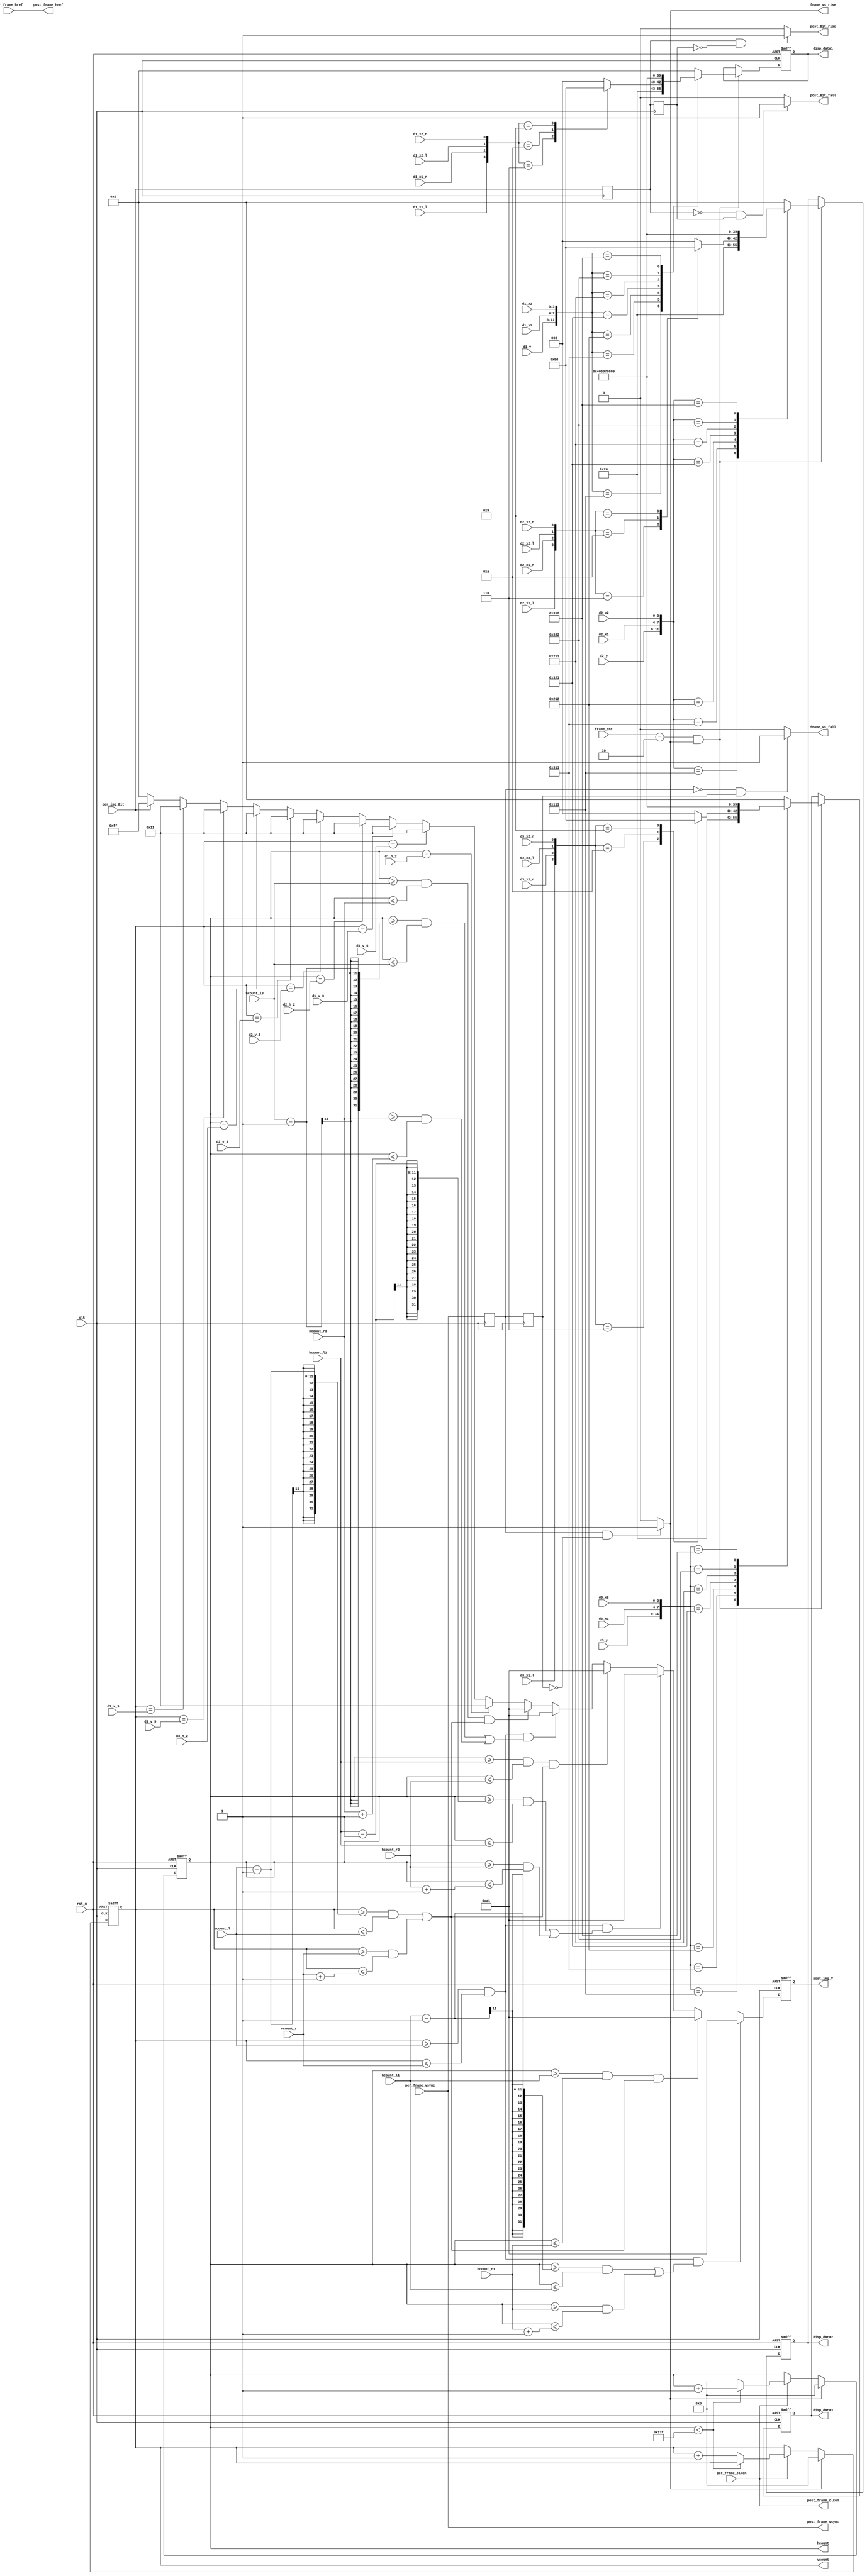
`timescale 1ns / 1ps
//////////////////////////////////////////////////////////////////////////////////
// Company: 
// Engineer: 
// 
// Design Name: 
// Module Name: display
// Project Name: 
// Target Devices: 
// Tool Versions: 
// Description: 
// 
// Dependencies: 
// 
// Revision:
// Revision 0.01 - File Created
// Additional Comments:
// 
//////////////////////////////////////////////////////////////////////////////////


module display(
	input 					clk,
	input 					rst_n,
			
	input 					per_frame_vsync,
	input 					per_frame_href,
	input 					per_frame_clken,
	input 					per_img_Bit,
		
	input		[2:0]		frame_cnt,		//
	
	//
	input					d1_x1_l,
	input					d1_x1_r,
	input					d1_x2_l,
	input					d1_x2_r,
	input		[3:0]		d1_y,
	input		[3:0]		d1_x1,
	input		[3:0]		d1_x2,
	input		[10:0]		d1_h_2,
	input		[10:0]		d1_v_5,
	input		[10:0]		d1_v_3,
	
	input					d2_x1_l,
	input					d2_x1_r,
	input					d2_x2_l,
	input					d2_x2_r,
	input		[3:0]		d2_y,
	input		[3:0]		d2_x1,
	input		[3:0]		d2_x2,
	input		[10:0]		d2_h_2,
	input		[10:0]		d2_v_5,
	input		[10:0]		d2_v_3,
	
	input					d3_x1_l,
	input					d3_x1_r,
	input					d3_x2_l,
	input					d3_x2_r,
	input		[3:0]		d3_y,
	input		[3:0]		d3_x1,
	input		[3:0]		d3_x2,
	input		[10:0]		d3_h_2,
	input		[10:0]		d3_v_5,
	input		[10:0]		d3_v_3,
	
	//
	input		[10:0]		hcount_l1,			//
	input		[10:0]		hcount_r1,			//
	input		[10:0]		hcount_l2,			//
	input		[10:0]		hcount_r2,			//
	input		[10:0]		hcount_l3,			//
	input		[10:0]		hcount_r3,			//
	input		[10:0]		vcount_l,			//
	input		[10:0]		vcount_r,			//
		
	output 					frame_vs_rise,		//
	output 					frame_vs_fall,		//
	output 					post_Bit_rise,		//
	output 					post_Bit_fall,		//
	output reg	[10:0]		hcount,				//
	output reg	[10:0]		vcount,				//
	
	output 					post_frame_vsync,
	output 					post_frame_href,
	output 					post_frame_clken,
	output reg	[7:0]		post_img_Y,
	output reg	[7:0]		disp_data1,			//
	output reg	[7:0]		disp_data2,			//
	output reg	[7:0]		disp_data3			//
);

	//------------------------------------------------//
	//--------//
	//------------------------------------------------//
	reg frame_vs_r0,frame_vs_r1;
	
	always @(posedge clk) begin
		frame_vs_r0 <= per_frame_vsync;
		frame_vs_r1 <= frame_vs_r0;
	end
	
	assign frame_vs_rise  = (frame_vs_r0 && (!frame_vs_r1)) ? 1'b1 :1'b0;
	assign frame_vs_fall  = ((!frame_vs_r0) && frame_vs_r1) ? 1'b1 :1'b0;
	
	
	//------------------------------------------------//
	//--------------------------------//
	//------------------------------------------------//
	reg post_Bit_r0,post_Bit_r1;
	
	always @(posedge clk) begin
		post_Bit_r0 <= per_img_Bit;
		post_Bit_r1 <= post_Bit_r0;
	end
	
	assign post_Bit_rise = (post_Bit_r0 && (!post_Bit_r1)) ? 1'b1:1'b0; 
	assign post_Bit_fall = ((!post_Bit_r0) && post_Bit_r1) ? 1'b1:1'b0;
	
	
	//-------------------------------------------------------------//
	//------/---------//
	//-------------------------------------------------------------//
	
	always@(posedge clk or negedge rst_n)begin
		if(!rst_n)
			begin
				hcount <= 11'd0;
				vcount <= 11'd0;
			end
		else
			if(frame_vs_rise)begin
				hcount <= 11'd0;
				vcount <= 11'd0;
			end
			else if(per_frame_clken) begin
				if(hcount < 320 - 1) begin
					hcount <= hcount + 1'b1;
					vcount <= vcount;
				end
				else begin
					hcount <= 11'd0;
					vcount <= vcount + 1'b1;
				end
			end
	end
	
	
	//-------------------------------------------------------------//
	//-----------------------------------------------------//
	//-------------------------------------------------------------//
	always @(posedge clk or negedge rst_n) begin
		if(!rst_n) 
			post_img_Y <= 8'h00;
			
		//
		else if (vcount >= vcount_l && vcount <= vcount_r && ( (hcount >= (hcount_l1 -1) && hcount <= hcount_l1 )|| (hcount >= hcount_r1 && hcount <= (hcount_r1 + 1)) ) )
			post_img_Y <= 8'ha1;
		else if (hcount >= hcount_l1 && hcount <= hcount_r1 && ( (vcount >= (vcount_l -1) && vcount <= vcount_l )|| (vcount >= vcount_r && vcount <= (vcount_r + 1)) ) )
			post_img_Y <= 8'ha1;
		else if (vcount >= vcount_l && vcount <= vcount_r && ( (hcount >= (hcount_l2 -1) && hcount <= hcount_l2 )|| (hcount >= hcount_r2 && hcount <= (hcount_r2 + 1)) ) )
			post_img_Y <= 8'ha1;
		else if (hcount >= hcount_l2 && hcount <= hcount_r2 && ( (vcount >= (vcount_l -1) && vcount <= vcount_l )|| (vcount >= vcount_r && vcount <= (vcount_r + 1)) ) )
			post_img_Y <= 8'ha1;
		else if (vcount >= vcount_l && vcount <= vcount_r && ( (hcount >= (hcount_l3 -1) && hcount <= hcount_l3 )|| (hcount >= hcount_r3 && hcount <= (hcount_r3 + 1)) ) )
			post_img_Y <= 8'ha1;
		else if (hcount >= hcount_l3 && hcount <= hcount_r3 && ( (vcount >= (vcount_l -1) && vcount <= vcount_l )|| (vcount >= vcount_r && vcount <= (vcount_r + 1)) ) )
			post_img_Y <= 8'ha1;
		
		//
		else if(hcount == d1_h_2)
			post_img_Y <= 8'h11;
		else if(vcount == d1_v_5)
			post_img_Y <= 8'h11;
		else if(vcount == d1_v_3)
			post_img_Y <= 8'h11;
		else if(hcount == d2_h_2)
			post_img_Y <= 8'h11;
		else if(vcount == d2_v_5)
			post_img_Y <= 8'h11;
		else if(vcount == d2_v_3)
			post_img_Y <= 8'h11;
		else if(hcount == d3_h_2)
			post_img_Y <= 8'h11;
		else if(vcount == d3_v_5)
			post_img_Y <= 8'h11;
		else if(vcount == d3_v_3)
			post_img_Y <= 8'h11;
		
		else if(per_img_Bit) 
			post_img_Y <= 8'hff;  //white
		else 
			post_img_Y <= 8'h00;  //dark
	end
	
	
	//------------------------------------------------------------//
	//----------------------------------------------------//
	//------------------------------------------------------------//
	always @(posedge clk or negedge rst_n)begin
		if(!rst_n)
			disp_data1 <= 'd10;
		else if((frame_cnt == 3'd2) && frame_vs_rise)
			case({d1_y,d1_x1,d1_x2})
				12'b0010_0010_0010: disp_data1 <= 'd0;
				12'b0001_0001_0001: disp_data1 <= 'd1;
				12'b0011_0001_0001: begin
					case({d1_x1_l,d1_x1_r,d1_x2_l,d1_x2_r})
						4'b0110:disp_data1 <= 'd2;
						4'b1010:disp_data1 <= 'd3;
						4'b1001:disp_data1 <= 'd5;
						default:disp_data1 <= 'd0;
					endcase
				end 
				12'b0010_0001_0010: disp_data1 <= 'd4;
				12'b0011_0010_0001: disp_data1 <= 'd6;
				12'b0010_0001_0001: disp_data1 <= 'd7;
				12'b0011_0010_0010: disp_data1 <= 'd8;
				12'b0011_0001_0010: disp_data1 <= 'd9;
				default: disp_data1 <= 'd0;
			endcase
		else
			disp_data1 <= disp_data1; 
	end
	
	always @(posedge clk or negedge rst_n)begin
		if(!rst_n)
			disp_data2 <= 'd10;
		else if((frame_cnt == 3'd2) && frame_vs_rise)
			case({d2_y,d2_x1,d2_x2})
				12'b0010_0010_0010: disp_data2 <= 'd0;
				12'b0001_0001_0001: disp_data2 <= 'd1;
				12'b0011_0001_0001: begin
					case({d2_x1_l,d2_x1_r,d2_x2_l,d2_x2_r})
						4'b0110:disp_data2 <= 'd2;
						4'b1010:disp_data2 <= 'd3;
						4'b1001:disp_data2 <= 'd5;
						default:disp_data2 <= 'd0;
					endcase
				end 
				12'b0010_0001_0010: disp_data2 <= 'd4;
				12'b0011_0010_0001: disp_data2 <= 'd6;
				12'b0010_0001_0001: disp_data2 <= 'd7;
				12'b0011_0010_0010: disp_data2 <= 'd8;
				12'b0011_0001_0010: disp_data2 <= 'd9;
				default: disp_data2 <= 'd0;
			endcase
		else
			disp_data2 <= disp_data2; 
	end
	
	always @(posedge clk or negedge rst_n)begin
		if(!rst_n)
			disp_data3 <= 'd10;
		else if((frame_cnt == 3'd2) && frame_vs_rise)
			case({d3_y,d3_x1,d3_x2})
				12'b0010_0010_0010: disp_data3 <= 'd0;
				12'b0001_0001_0001: disp_data3 <= 'd1;
				12'b0011_0001_0001: begin
					case({d3_x1_l,d3_x1_r,d3_x2_l,d3_x2_r})
						4'b0110:disp_data3 <= 'd2;
						4'b1010:disp_data3 <= 'd3;
						4'b1001:disp_data3 <= 'd5;
						default:disp_data3 <= 'd0;
					endcase
				end 
				12'b0010_0001_0010: disp_data3 <= 'd4;
				12'b0011_0010_0001: disp_data3 <= 'd6;
				12'b0010_0001_0001: disp_data3 <= 'd7;
				12'b0011_0010_0010: disp_data3 <= 'd8;
				12'b0011_0001_0010: disp_data3 <= 'd9;
				default: disp_data3 <= 'd0;
			endcase
		else
			disp_data3 <= disp_data3; 
	end
	
	
	
	assign post_frame_vsync = per_frame_vsync;
	assign post_frame_href  = per_frame_href ;
	assign post_frame_clken = per_frame_clken;



endmodule